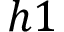
h 1